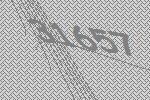
31657